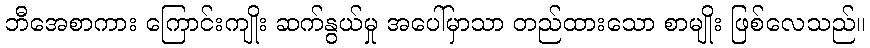
ဘီအေစာကား ကြောင်းကျိုး ဆက်နွယ်မှု အပေါ်မှာသာ တည်ထားသော စာမျိုး ဖြစ်လေသည်။